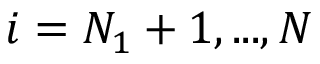
i = N _ { 1 } + 1 , . . . , N